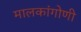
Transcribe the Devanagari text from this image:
मालकांगोणी